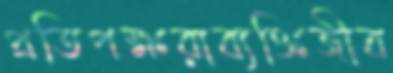
প্রতিপক্ষরাব্যক্তিজীব